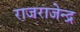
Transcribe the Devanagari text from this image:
राजराजेन्द्र